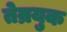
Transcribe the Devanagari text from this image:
तेम्रयुक